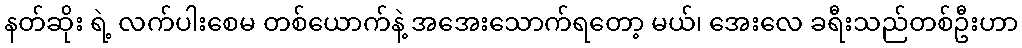
နတ်ဆိုး ရဲ့ လက်ပါးစေမ တစ်ယောက်နဲ့ အအေးသောက်ရတော့ မယ်၊ အေးလေ ခရီးသည်တစ်ဦးဟာ